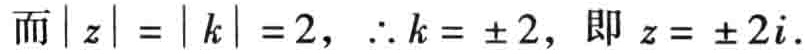
而\(|z| = |k| = 2，\therefore k = \pm 2，即z = \pm 2i\)。